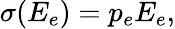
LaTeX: \sigma(E_{e})=p_{e}E_{e},